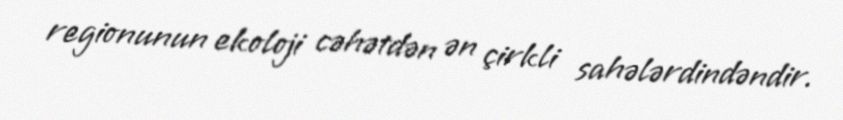
regionunun ekoloji cəhətdən ən çirkli sahələrdindəndir.